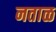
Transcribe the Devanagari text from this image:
नताळ